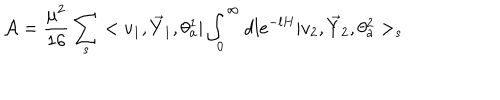
{ \cal A } = \frac { \mu ^ { 2 } } { 1 6 } \sum _ { s } < v _ { 1 } , \vec { Y } _ { 1 } , \theta _ { a } ^ { 1 } | \int _ { 0 } ^ { \infty } d l e ^ { - l H } | v _ { 2 } , \vec { Y } _ { 2 } , \theta _ { a } ^ { 2 } > _ { s }